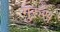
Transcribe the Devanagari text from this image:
गुरुस